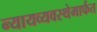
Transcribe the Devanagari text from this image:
न्यायव्यवस्थेमार्फत